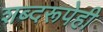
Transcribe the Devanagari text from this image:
शब्दरूपेही